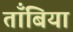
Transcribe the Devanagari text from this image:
ताँबिया